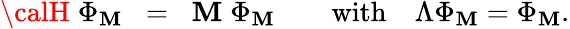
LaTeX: {\calH}\; \Phi_{\mathbf{M}}\; \; =\; \; \mathbf{M}\; \Phi_{\mathbf{M}}\quad\quad\textrm{{with}}\quad\Lambda\Phi_{\mathbf{M}}=\Phi_{\mathbf{M}}.